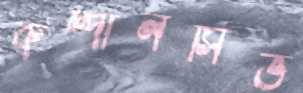
কম্পালসিভ